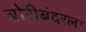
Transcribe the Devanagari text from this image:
बोरीबंदरला